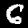
Label: 6